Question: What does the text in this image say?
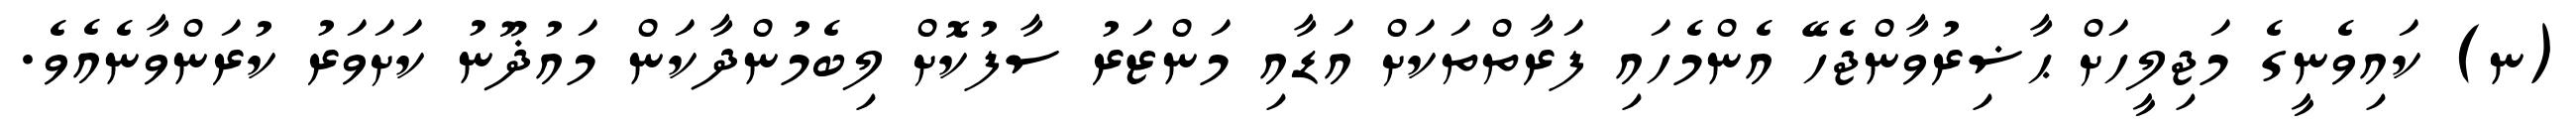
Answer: (ނ) ކައިވެނީގެ މަޖިލީހަށް ޙާޟިރުވާންޖެހޭ އެންމެހައި ފަރާތްތަކަށް އަޑާއި މަންޒަރު ސާފުކޮށް ލިބެމުންދާކަން މައުޛޫނު ކަށަވަރު ކުރަންވާނެއެވެ.